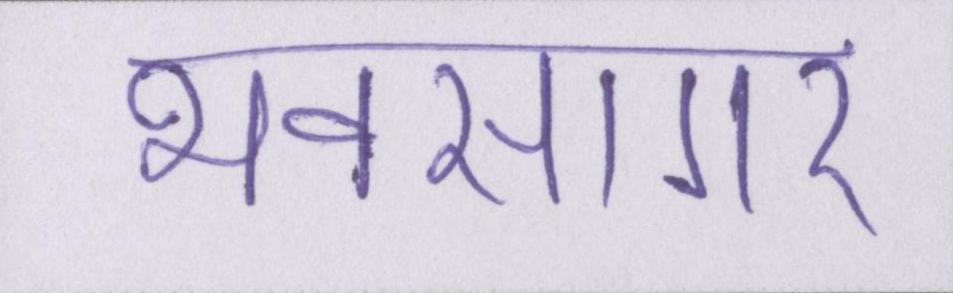
भवसागर